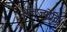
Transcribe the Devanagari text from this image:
अन्तर्ज्योति